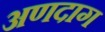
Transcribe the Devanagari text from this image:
अणदाग